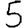
Digit: 5